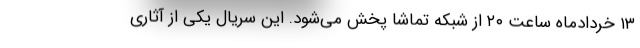
۱۳ خردادماه ساعت ۲۰ از شبکه تماشا پخش می‌شود. این سریال یکی از آثاری